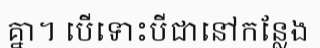
គ្នា។ បើទោះបីជានៅកន្លែង